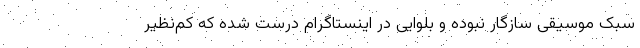
سبک موسیقی سازگار نبوده و بلوایی در اینستاگرام درست شده که کم‌نظیر